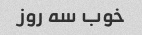
خوب سه روز